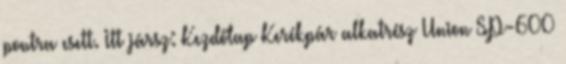
pontra esett. Itt jársz: Kezdőlap Kerékpár alkatrész Union SP-600